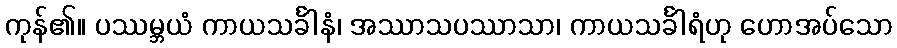
ကုန်၏။ ပဿမ္ဘယံ ကာယသင်္ခါနံ၊ အဿာသပဿာသာ၊ ကာယသင်္ခါရံဟု ဟောအပ်သော